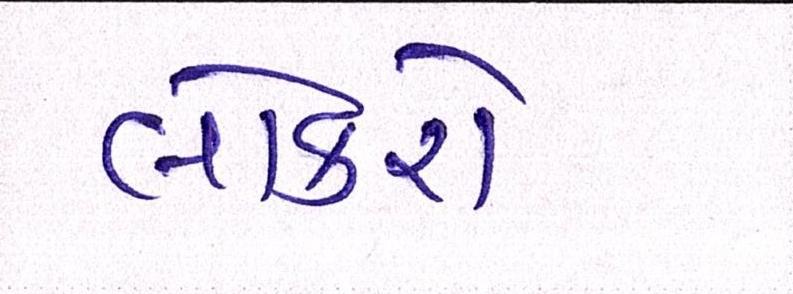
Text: લોકરો